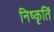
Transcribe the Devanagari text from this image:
निष्कृतिं